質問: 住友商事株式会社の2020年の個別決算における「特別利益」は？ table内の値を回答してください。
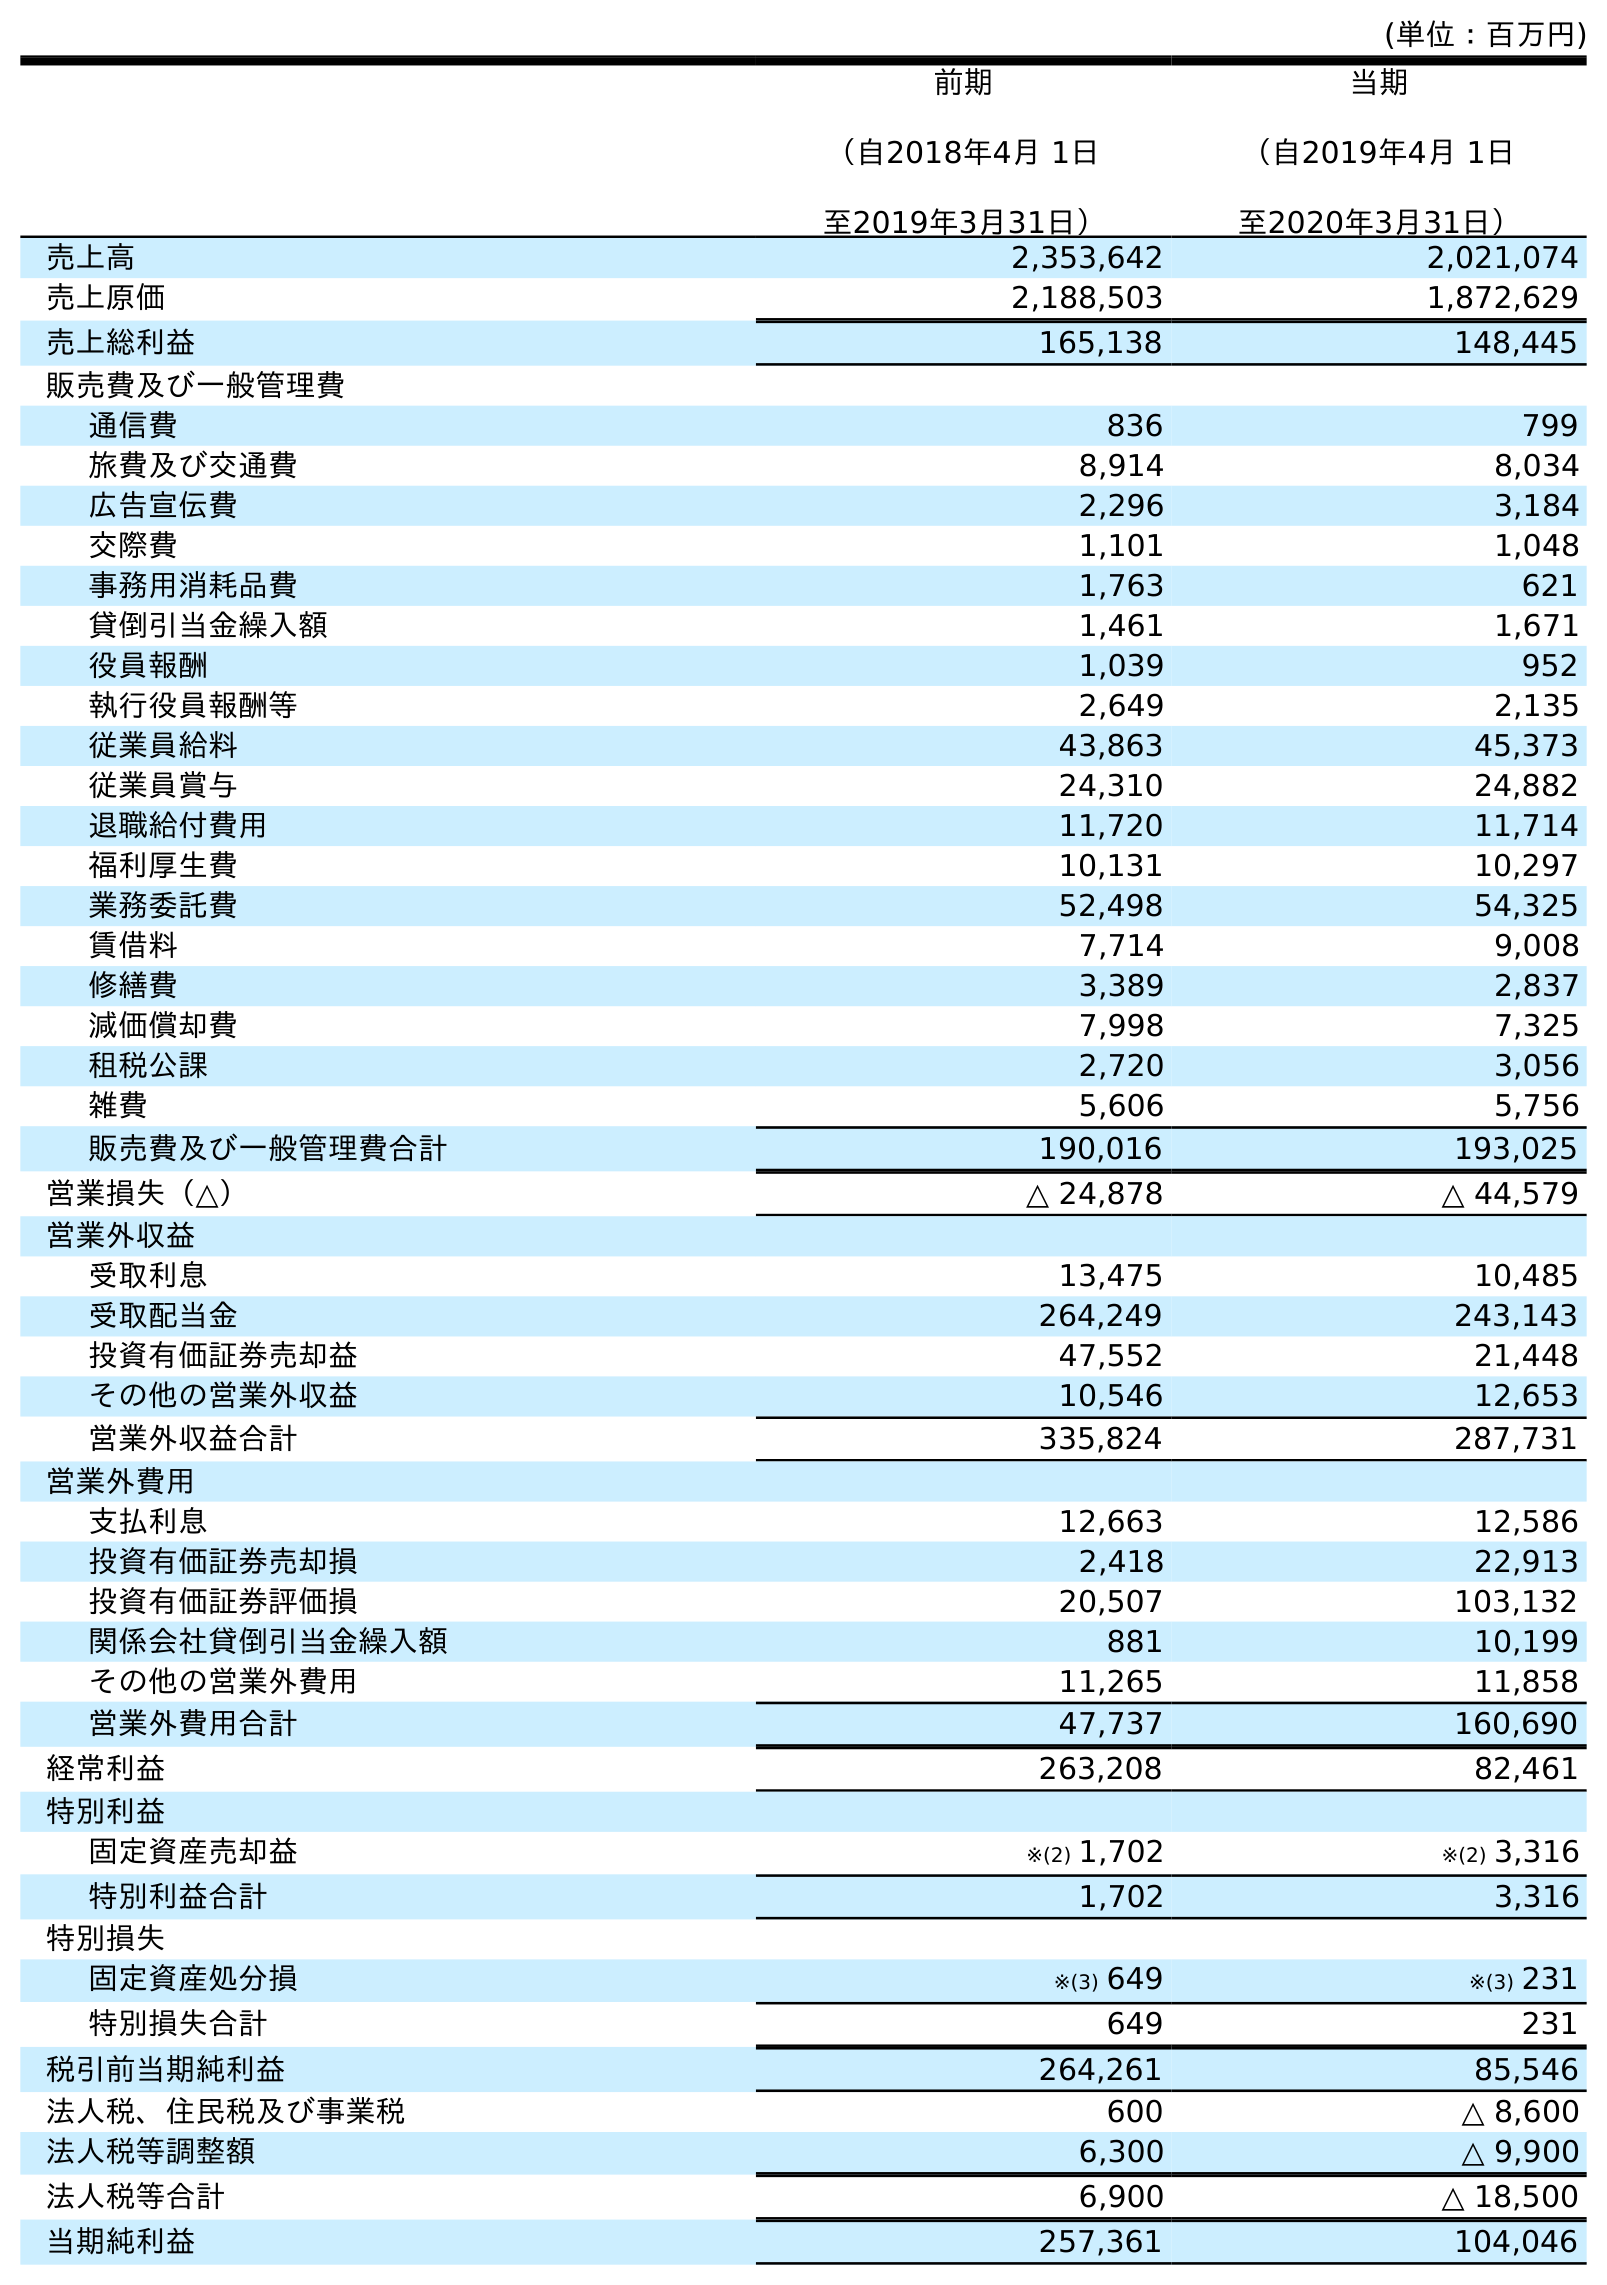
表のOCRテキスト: (単位：百万円) 前期 （自2018年4月 1日 至2019年3月31日） 当期 （自2019年4月 1日 至2020年3月31日） 売上高 2,353,642 2,021,074 売上原価 2,188,503 1,872,629 売上総利益 165,138 148,445 販売費及び一般管理費 通信費 836 799 旅費及び交通費 8,914 8,034 広告宣伝費 2,296 3,184 交際費 1,101 1,048 事務用消耗品費 1,763 621 貸倒引当金繰入額 1,461 1,671 役員報酬 1,039 952 執行役員報酬等 2,649 2,135 従業員給料 43,863 45,373 従業員賞与 24,310 24,882 退職給付費用 11,720 11,714 福利厚生費 10,131 10,297 業務委託費 52,498 54,325 賃借料 7,714 9,008 修繕費 3,389 2,837 減価償却費 7,998 7,325 租税公課 2,720 3,056 雑費 5,606 5,756 販売費及び一般管理費合計 190,016 193,025 営業損失（△） △ 24,878 △ 44,579 営業外収益 受取利息 13,475 10,485 受取配当金 264,249 243,143 投資有価証券売却益 47,552 21,448 その他の営業外収益 10,546 12,653 営業外収益合計 335,824 287,731 営業外費用 支払利息 12,663 12,586 投資有価証券売却損 2,418 22,913 投資有価証券評価損 20,507 103,132 関係会社貸倒引当金繰入額 881 10,199 その他の営業外費用 11,265 11,858 営業外費用合計 47,737 160,690 経常利益 263,208 82,461 特別利益 固定資産売却益 ※(2) 1,702 ※(2) 3,316 特別利益合計 1,702 3,316 特別損失 固定資産処分損 ※(3) 649 ※(3) 231 特別損失合計 649 231 税引前当期純利益 264,261 85,546 法人税、住民税及び事業税 600 △ 8,600 法人税等調整額 6,300 △ 9,900 法人税等合計 6,900 △ 18,500 当期純利益 257,361 104,046
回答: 3,316